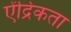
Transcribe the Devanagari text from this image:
ऐंद्रिकता